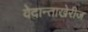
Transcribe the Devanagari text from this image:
वेदान्ताखेरीज